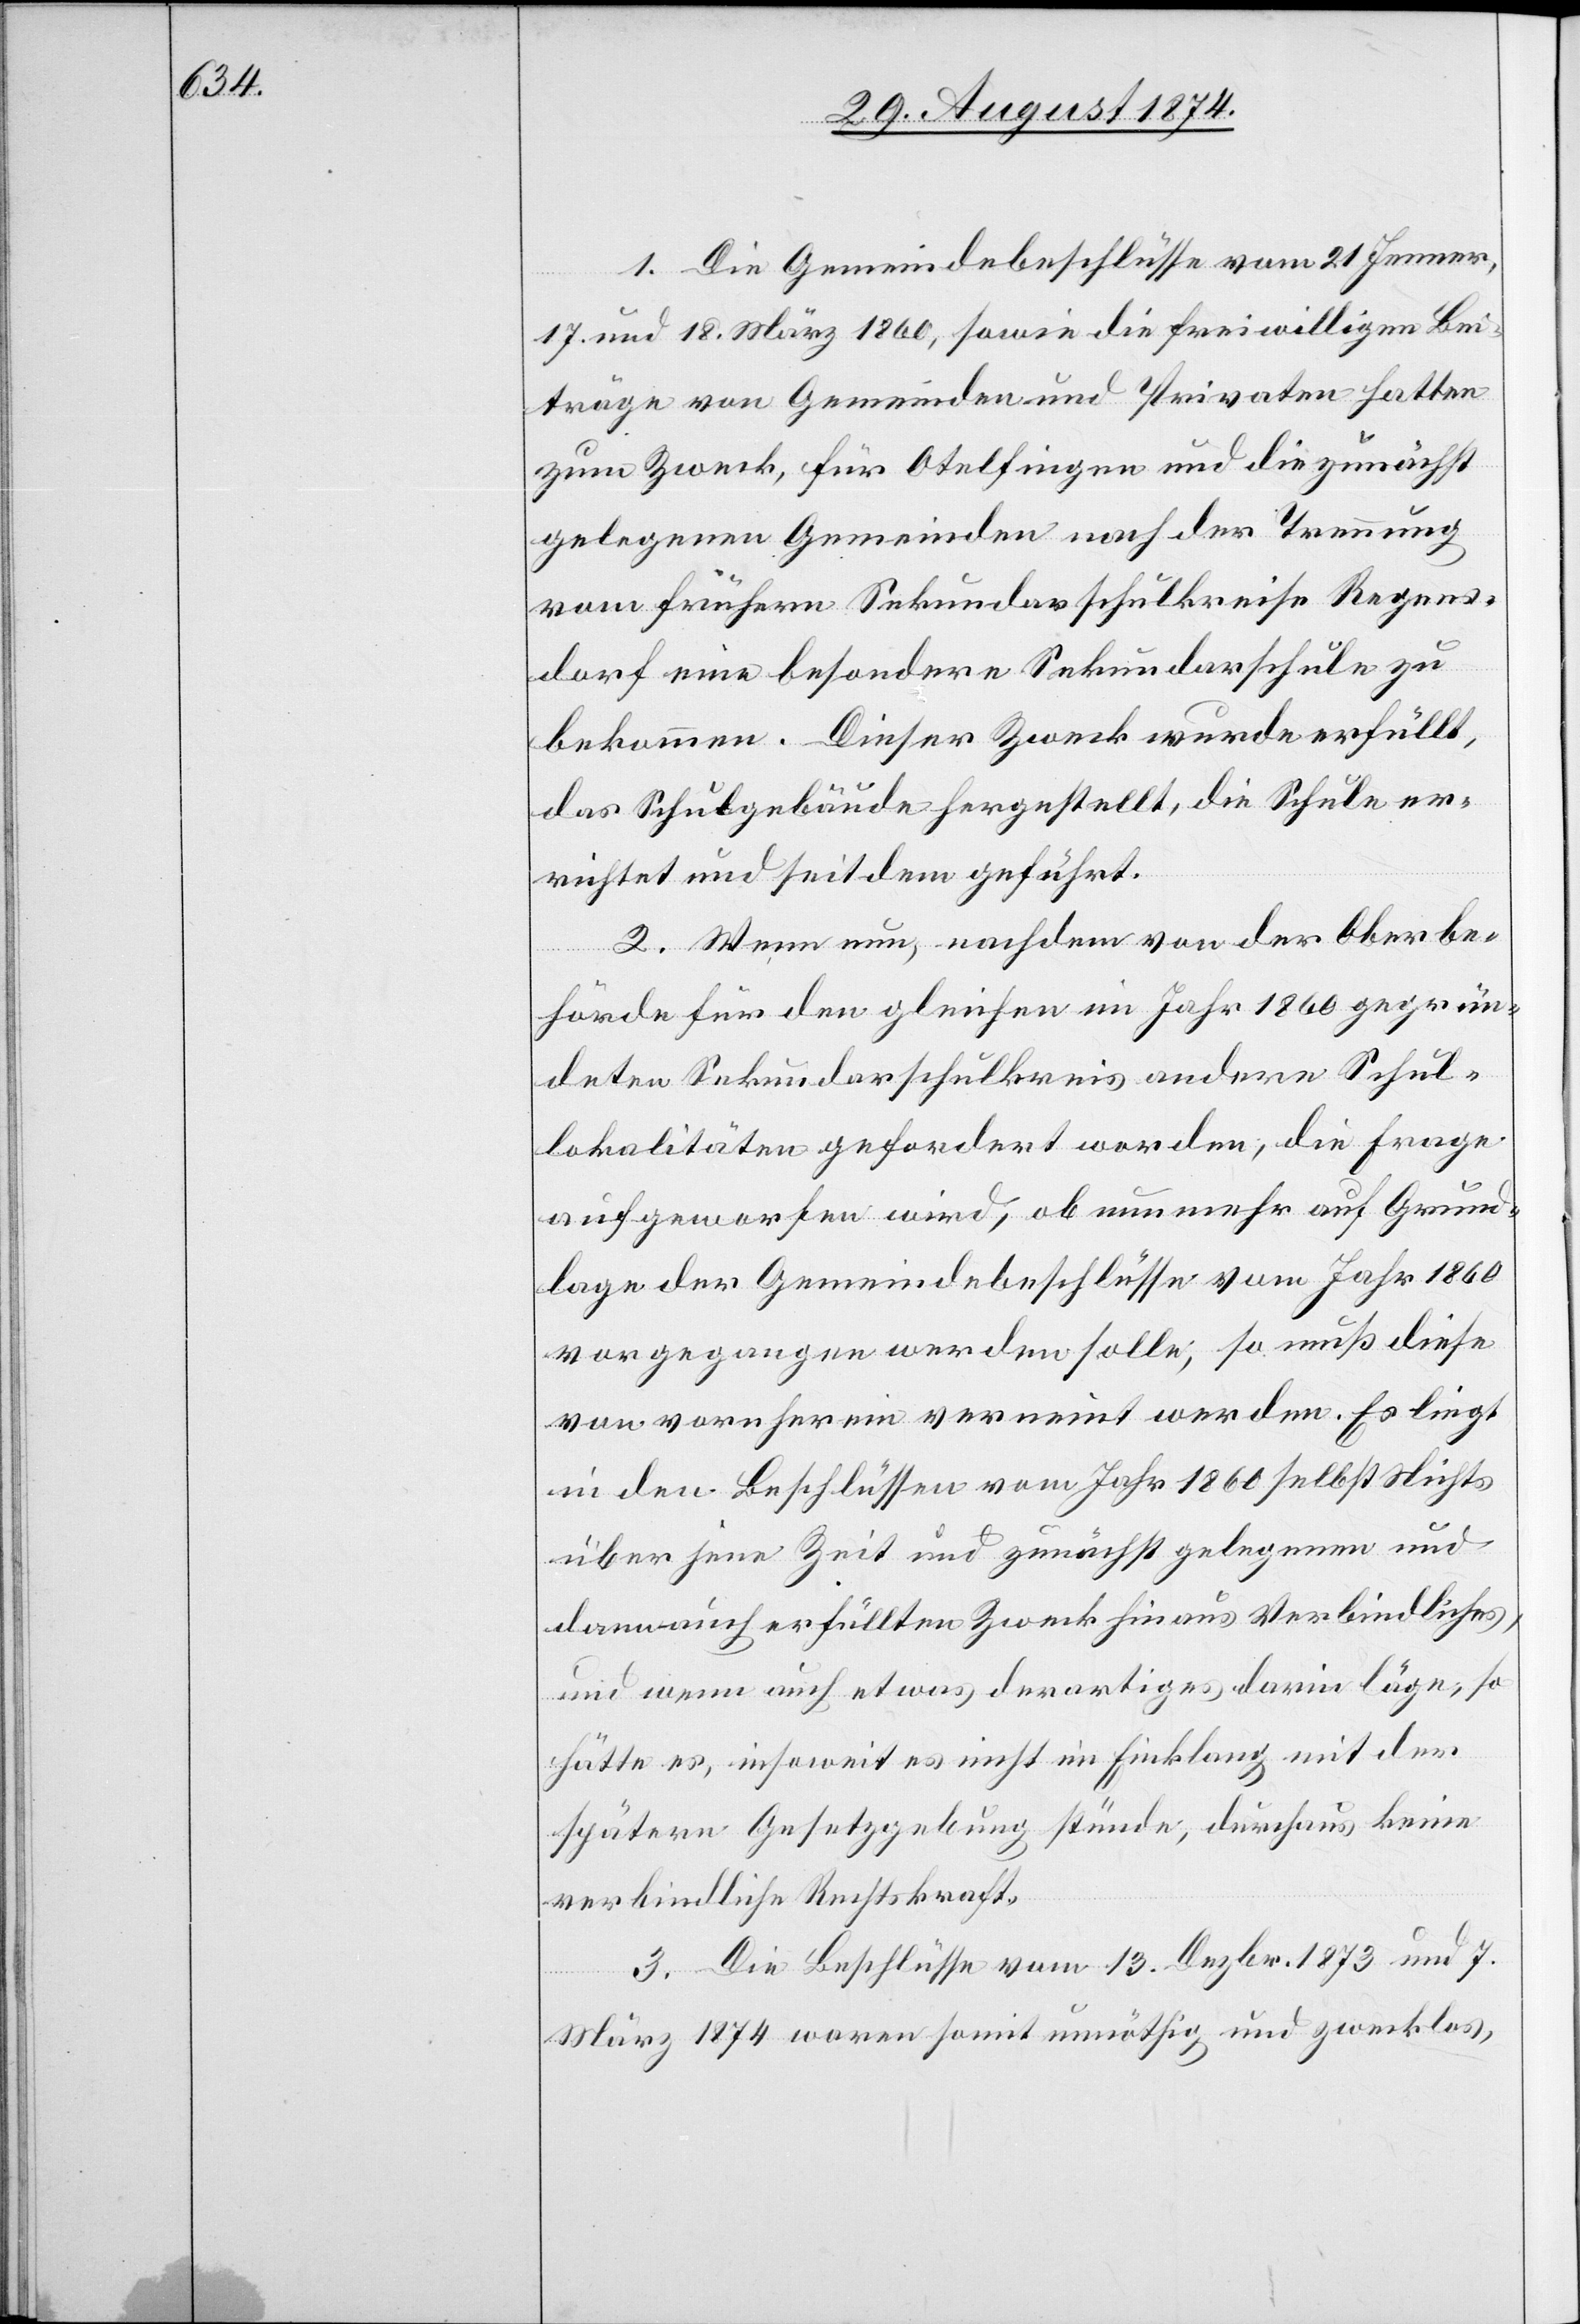
1. Die Gemeindebeschlüsse vom 21. Jenner,
17. und 18. März 1860, sowie die freiwilligen Bei¬
träge von Gemeinden und Privaten hatten
zum Zweck, für Otelfingen und die zunächst
gelegenen Gemeinden nach der Trennung
vom frühern Sekundarschulkreise Regens¬
dorf eine besondere Sekundarschule zu
bekommen. Dieser Zweck wurde erfüllt,
das Schulgebäude hergestellt, die Schule er¬
richtet und seitdem geführt.
2. Wenn nun, nachdem von der Oberbe¬
hörde für den gleichen im Jahr 1860 gegrün¬
deten Sekundarschulkreis andere Schul¬
lokalitäten gefordert worden, die Frage
aufgeworfen wird, ob nun mehr auf Grund¬
lage der Gemeindebeschlüsse vom Jahr 1860
vorgegangen werden solle; so muß diese
von vornherein verneint werden. Es liegt
in den Beschlüssen vom Jahr 1860 selbst Nichts
über jene Zeit und zunächst gelegenen und
dann auch erfüllten Zweck hinaus Verbindliches,
und wenn auch etwas derartiges darin läge, so
hätte er, insoweit es nicht in Einklang mit der
spätern Gesetzgebung stünde, durchaus keine
verbindliche Rechtskraft.
3. Die Beschlüsse vom 13. Dezbr. 1873 und 7.
März 1874 waren somit unnöthig und zwecklos,